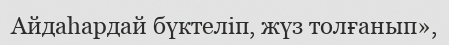
Айдаһардай бүктеліп, жүз толғанып»,